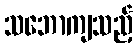
သဘောကျသည့်